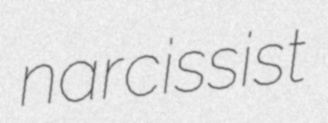
narcissist